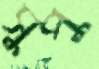
সুপু